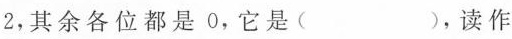
2，其余各位都是 ( )，它是 ( )，读作